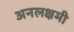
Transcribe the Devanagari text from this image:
अनलक्षमी